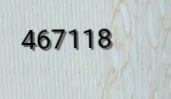
467118